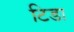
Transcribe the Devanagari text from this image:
टिडा